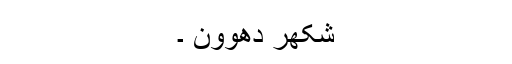
شکھر دھوون ۔